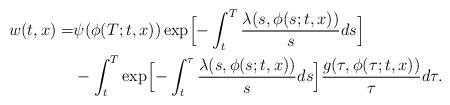
LaTeX: \begin{align*} w(t,x)= &\psi(\phi(T;t,x)) \exp \Bigl[ -\int_{t}^{T} \frac{\lambda(s,\phi(s;t,x))}{s}ds \Bigr] \\ &- \int_t^T \exp \Bigl[ -\int_t^{\tau} \frac{\lambda(s,\phi(s;t,x))}{s}ds \Bigr] \frac{g(\tau,\phi(\tau;t,x))}{\tau} d\tau.\end{align*}